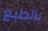
بالطبع